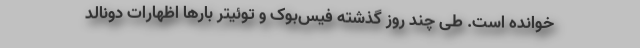
خوانده است. طی چند روز گذشته فیس‌بوک و توئیتر بارها اظهارات دونالد